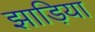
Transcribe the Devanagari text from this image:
झाड़िया